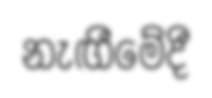
නැඟීමේදී